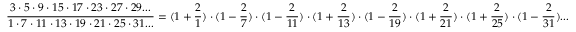
\frac { 3 \cdot 5 \cdot 9 \cdot 1 5 \cdot 1 7 \cdot 2 3 \cdot 2 7 \cdot 2 9 . . . } { 1 \cdot 7 \cdot 1 1 \cdot 1 3 \cdot 1 9 \cdot 2 1 \cdot 2 5 \cdot 3 1 . . . } = ( 1 + \frac { 2 } { 1 } ) \cdot ( 1 - \frac { 2 } { 7 } ) \cdot ( 1 - \frac { 2 } { 1 1 } ) \cdot ( 1 + \frac { 2 } { 1 3 } ) \cdot ( 1 - \frac { 2 } { 1 9 } ) \cdot ( 1 + \frac { 2 } { 2 1 } ) \cdot ( 1 + \frac { 2 } { 2 5 } ) \cdot ( 1 - \frac { 2 } { 3 1 } ) . . .